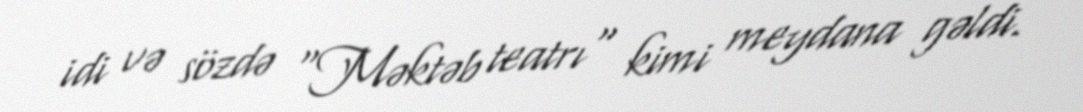
idi və sözdə "Məktəb teatrı" kimi meydana gəldi.